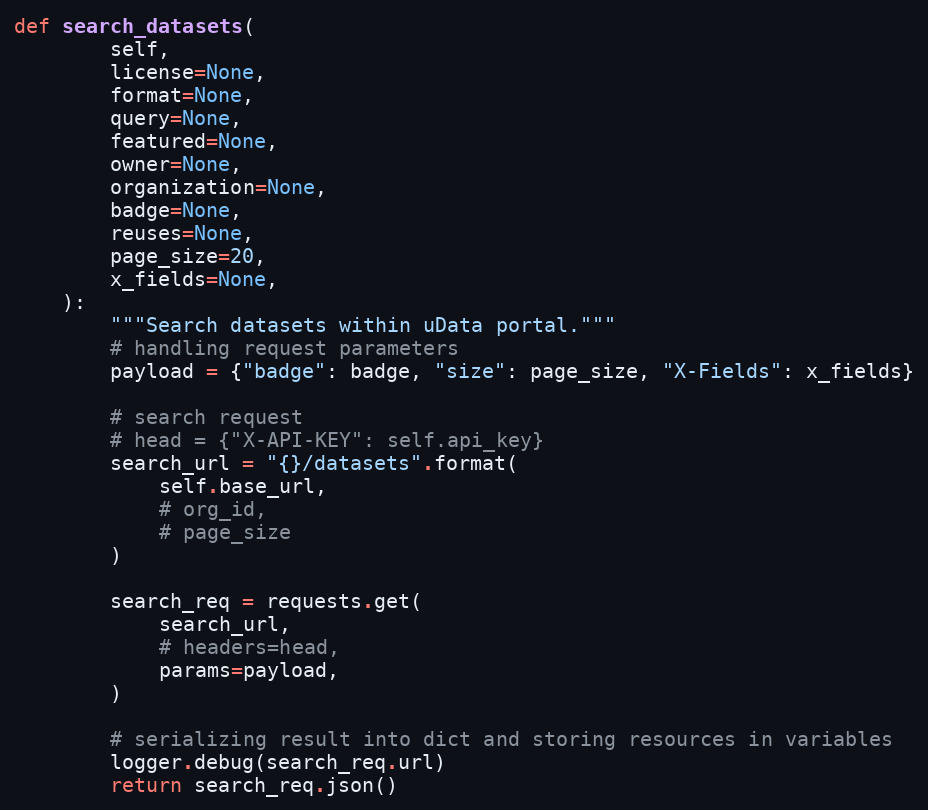
Language: Python
def search_datasets(
        self,
        license=None,
        format=None,
        query=None,
        featured=None,
        owner=None,
        organization=None,
        badge=None,
        reuses=None,
        page_size=20,
        x_fields=None,
    ):
        """Search datasets within uData portal."""
        # handling request parameters
        payload = {"badge": badge, "size": page_size, "X-Fields": x_fields}

        # search request
        # head = {"X-API-KEY": self.api_key}
        search_url = "{}/datasets".format(
            self.base_url,
            # org_id,
            # page_size
        )

        search_req = requests.get(
            search_url,
            # headers=head,
            params=payload,
        )

        # serializing result into dict and storing resources in variables
        logger.debug(search_req.url)
        return search_req.json()